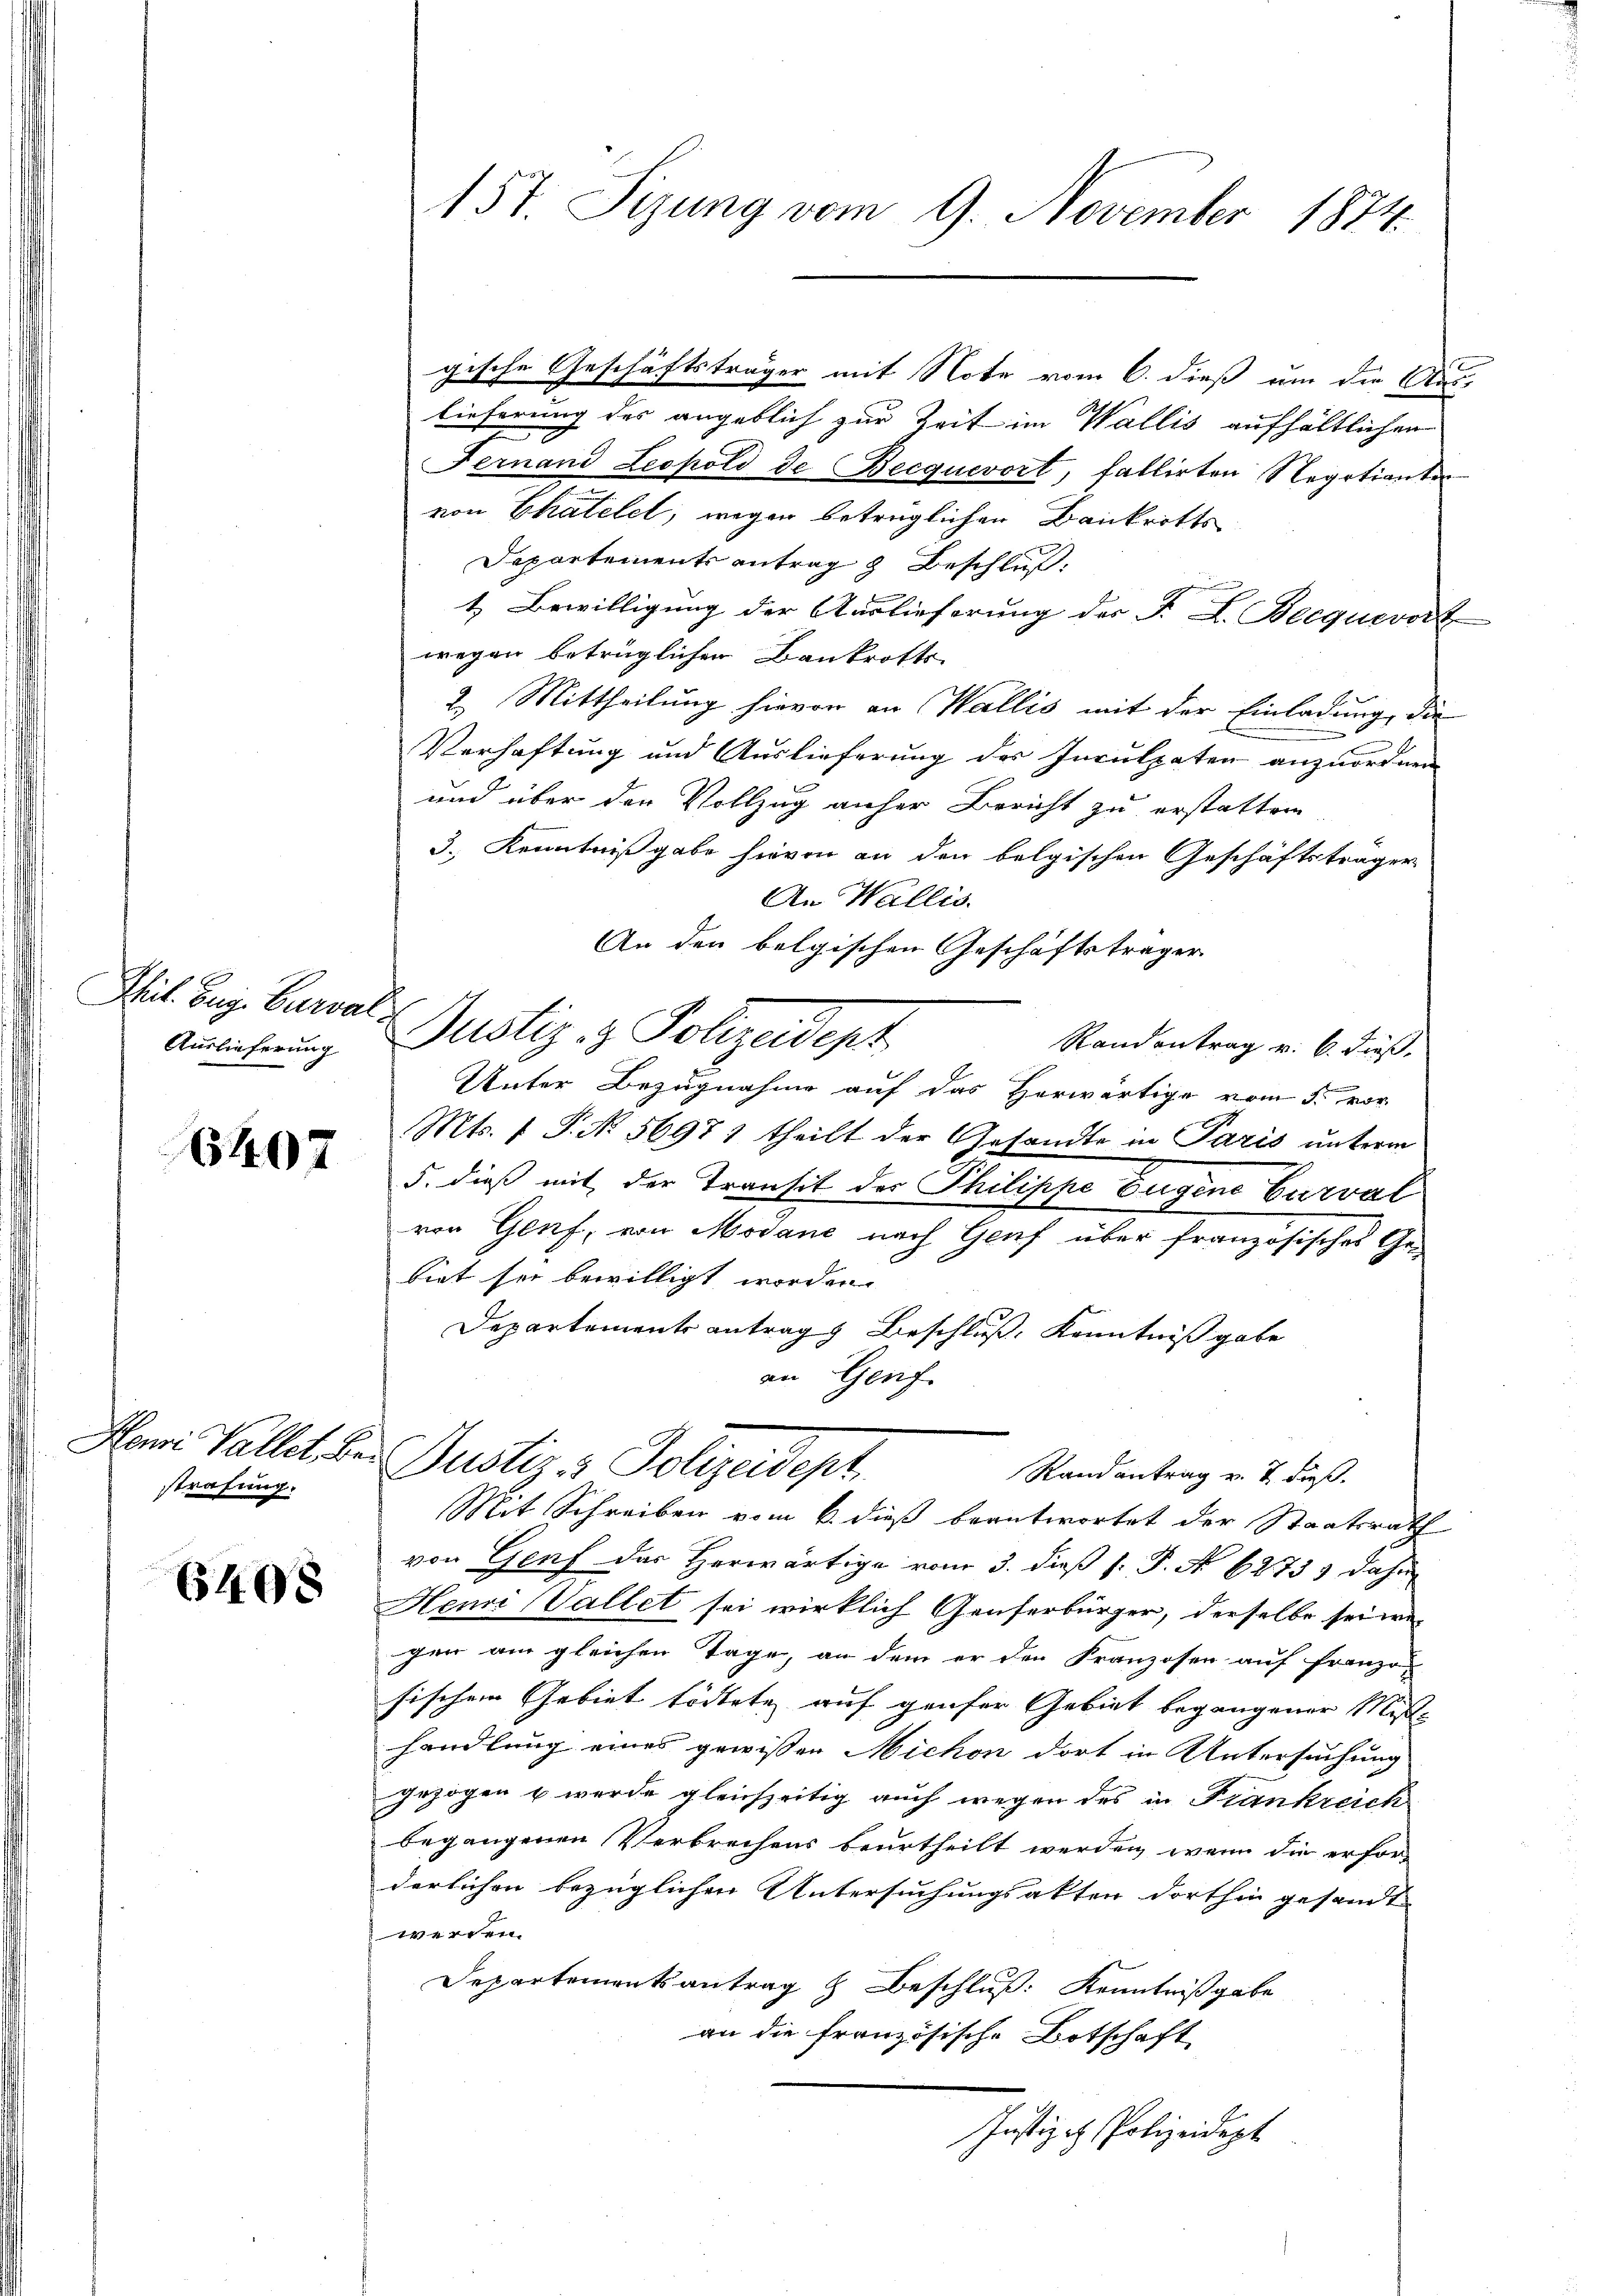
Phil. Zug. Curval¬
Auslieferung

6407

strafung.

6408

gische Geschäftsträger mit Note vom 6. dieß um die Aus
lieferung des angeblich zur Zeit im Wallis aufhältlichen
Fernand Leopold de Becquerort, fallirten Negotianter
von Chatelet, wegen beträglichen Baukritts¬
Departements antrag z Beschluß
t. Bewilligung der Auslieferung der F. L. Becquevorz
wegen betrüglicher Bankrotts-
2. Mittheilung hievon an Wallis mit der Einladung, die
Verhaftung und Auslieferung der Inculpaten anzuordnen
und über den Vollzug anher Bericht zu erstatten
3. Kenntnißgabe hievon an den belgischen Geschäftsträger
An Wallis.
An den belgischen Geschäftsträger
Justiz & Polizeidept
Randantrag v. 6. dieß,
Unter Bezugnahme auf das Herwärtige vom 5. vor
Mts. 1 P. Nr. 56971 theilt der Gesandte in Paris unterm
5. dieß mit der Transit der Philippe Eugene Curval
von Genf, von Modane nach Genf über französisches Ge-
biet sei bewilligt worden.
Departements antrags Beschluß, Kenntniß gabe
an Genf.
Hai Vallet, der Justiz & Polizeidept,
Randantrag v. J. dieß.
Mit Schreiben vom 6. dieß beantwortet der Staatsrath
von Genf das Herwärtige vom 3. dieß P. P. No 62733 dahin
Henri Vallet sei wirklich Genferbürger, derselbe sei wegen am gleichen Tage, an dem er den Franzosen auf franzo-
sischen Gebiet tödtete auf gaufer Gebiet begangener Mißhandlung eines gewißen Michon dort in Untersuchung
gezogen u werde gleichzeitig auch wegen des in Frankreich
begangenen Verbrechens beurtheilt werden, wenn die erforderlichen bezüglichen Untersuchungsakten dorthin gesandt
werden.
Departementsantrag & Beschluß: Kenntnißgabe
an die französische Botschaft
Justiz - Polizeidept

157. Sizung vom 9. November 1874.

e